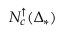
\ensuremath { N _ { c } ^ { \uparrow } } ( \ensuremath { \Delta _ { * } } )